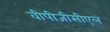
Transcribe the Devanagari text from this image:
वीपीजीसीएल